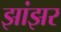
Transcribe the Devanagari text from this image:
झांझर